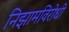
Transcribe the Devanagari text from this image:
निझामविरोधी